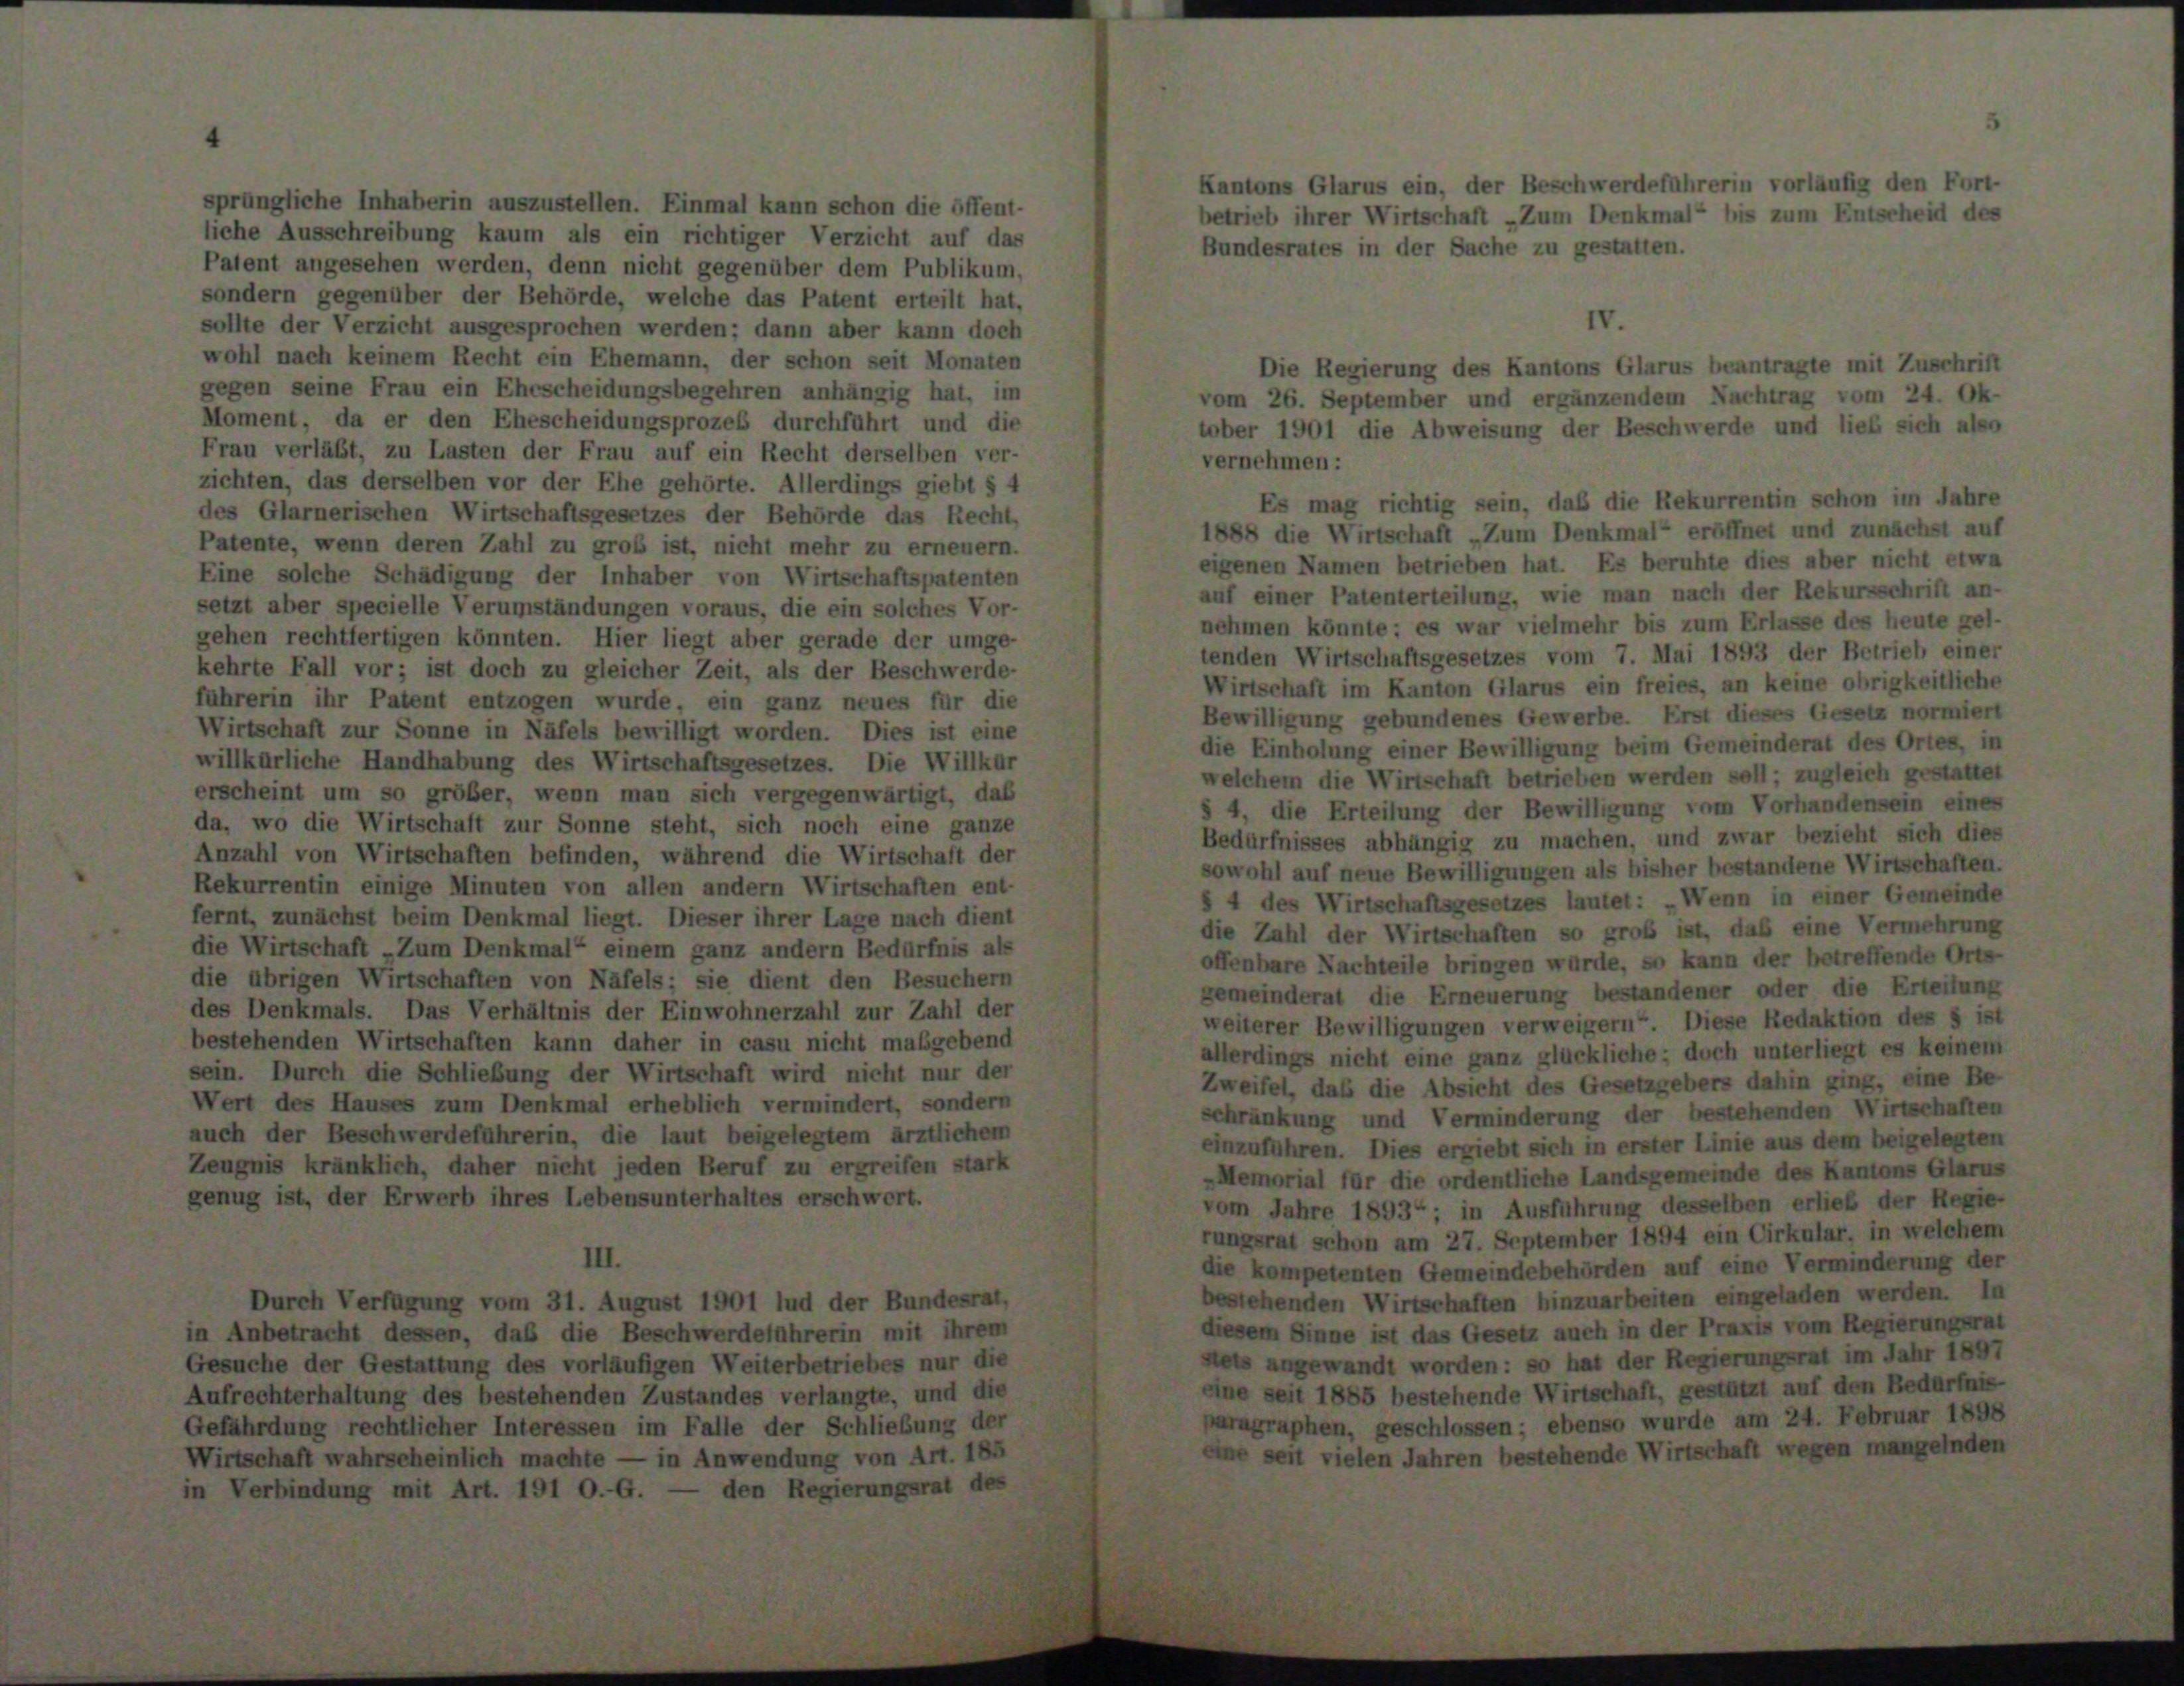
sprüngliche Inhaberin auszustellen. Einmal kann schon die öffent-
liche Ausschreibung kaum als ein richtiger Verzicht auf das
Bundesrates in der Sache zu gestatten.
Patent angesehen werden, denn nicht gegenüber dem Publikum,
sondern gegenüber der Behörde, welche das Patent erteilt hat,
IV.
sollte der Verzicht ausgesprochen werden; dann aber kann doch
wohl nach keinem Recht ein Ehemann, der schon seit Monaten
Die Regierung des Kantons Glarus beantragte mit Zuschrift
gegen seine Frau ein Ehescheidungsbegehren anhängig hat, im
vom 26. September und ergänzendem Nachtrag vom 24. Ok-
Moment, da er den Ehescheidungsprozeß durchführt und die
tober 1901 die Abweisung der Beschwerde und lieb sich also
Frau verläßt, zu Lasten der Frau auf ein Recht derselben ver-
vernehmen:
zichten, das derselben vor der Ehe gehörte. Allerdings giebt § 4
Es mag richtig sein, daß die Rekurrentin schon im Jahre
des Glarnerischen Wirtschaftsgesetzes der Behörde das Recht,
1888 die Wirtschaft „Zum Denkmal“ eröffnet und zunächst auf
Patente, wenn deren Zahl zu groß ist, nicht mehr zu erneuern.
eigenen Namen betrieben hat. Es beruhte dies aber nicht etwa
Eine solche Schädigung der Inhaber von Wirtschaftspatenten
auf einer Patenterteilung, wie man nach der Rekursschrift an-
setzt aber specielle Verumständungen voraus, die ein solches Vor-
nehmen könnte: es war vielmehr bis zum Erlasse des heute gel-
gehen rechtfertigen könnten. Hier liegt aber gerade der umge-
tenden Wirtschaftsgesetzes vom 7. Mai 1893 der Betrieb einer
kehrte Fall vor; ist doch zu gleicher Zeit, als der Beschwerde
Wirtschaft im Kanton Glarus ein freies, an keine obrigkeitliche
fahrerin ihr Patent entzogen wurde, ein ganz neues für die
Bewilligung gebundenes Gewerbe. Erst dieses Gesetz normiert
Wirtschaft zur Sonne in Näfels bewilligt worden. Dies ist eine
die Einholung einer Bewilligung beim Gemeinderat des Ortes, in
willkürliche Handhabung des Wirtschaftsgesetzes. Die Willkür
welchem die Wirtschaft betrieben werden soll; zugleich gestattet
erscheint um so größer, wenn man sich vergegenwärtigt, das
§ 4, die Erteilung der Bewilligung vom Vorhandensein eines
da, wo die Wirtschaft zur Sonne steht, sich noch eine ganze
Bedürfnisses abhängig zu machen, und zwar bezieht sich dies
Anzahl von Wirtschaften befinden, während die Wirtschaft der
sowohl auf neue Bewilligungen als bisher bestandene Wirtschaften.
Rekurrentin einige Minuten von allen andern Wirtschaften ent-
§ 4 des Wirtschaftsgesetzes lautet: „Wenn in einer Gemeinde
fernt, zunächst beim Denkmal liegt. Dieser ihrer Lage nach dient
die Zahl der Wirtschaften so groß ist, daß eine Vermehrung
die Wirtschaft „Zum Denkmal“ einem ganz andern Bedürfnis als
offenbare Nachteile bringen wurde, so kann der betreffende Orts-
die übrigen Wirtschaften von Näfels; sie dient den Besuchern
gemeinderat die Erneuerung bestandener oder die Erteilung
des Denkmals. Das Verhältnis der Einwohnerzahl zur Zahl der
weiterer Bewilligungen verweigern“ Diese Redaktion des 5 ist
bestehenden Wirtschaften kann daher in casu nicht maßgebend
allerdings nicht eine ganz glückliche; doch unterliegt es keinem
sein. Durch die Schließung der Wirtschaft wird nicht nur der
Zweifel, daß die Absicht des Gesetzgebers dahin ging, eine Be-
Wert des Hauses zum Denkmal erheblich vermindert, sondern
schränkung und Verminderung der bestehenden Wirtschaften
auch der Beschwerdeführerin, die laut beigelegtem ärztlichem
einzuführen. Dies ergiebt sich in erster Linie aus dem beigelegten
Zeugnis kränklich, daher nicht jeden Beruf zu ergreifen stark
-Memorial für die ordentliche Landsgemeinde des Kantons Glarus
genug ist, der Erwerb ihres Lebensunterhaltes erschwert.
vom Jahre 1893“; in Ausführung desselben erlieb der Regie-
rungsrat schon am 27. September 1894 ein Cirkular, in welchem
III.
die kompetenten Gemeindebehörden auf eine Verminderung der
bestehenden Wirtschaften hinzuarbeiten eingeladen werden. la
Durch Verfügung vom 31. August 1901 lud der Bundesrat,
diesem Sinne ist das Gesetz auch in der Praxis vom Regierungsrat
in Anbetracht dessen, daß die Beschwerdeführerin mit ihrem
stets angewandt worden: so hat der Regierungsrat im Jahr 1897
Gesuche der Gestattung des vorläufigen Weiterbetriebes nur die
eine seit 1885 bestehende Wirtschaft, gestützt auf den Bedürfnis-
Aufrechterhaltung des bestehenden Zustandes verlangte, und die
paragraphen, geschlossen; ebenso wurde am 24. Februar 1898
Gefährdung rechtlicher Interessen im Falle der Schließung der
eine seit vielen Jahren bestehende Wirtschaft wegen mangelnden
Wirtschaft wahrscheinlich machte — in Anwendung von Art. 185
in Verbindung mit Art. 191 O.-G. — den Regierungsrat des

Kantons Glarus ein, der Beschwerdeführerin vorläufig den Fort-
betrieb ihrer Wirtschaft „Zum Denkmal“ bis zum Entscheid des